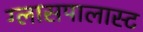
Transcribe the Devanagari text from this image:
ग्लासपालास्ट